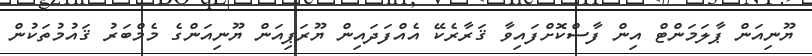
ޔޫނިއަން ޕާލަމަންޓް އިން ފާސްކޮށްފައިވާ ޤަރާރެކޭ އެއްފަދައިން ޔޫރަޕިއަން ޔޫނިއަންގެ މެމްބަރު ޤައުމުތަކުން